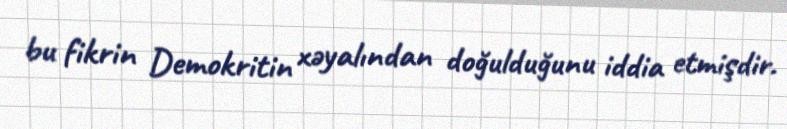
bu fikrin Demokritin xəyalından doğulduğunu iddia etmişdir.